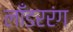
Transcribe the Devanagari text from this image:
लाँडररंग